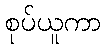
စုပ်ယူကာ